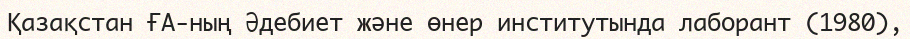
Қазақстан ҒА-ның Әдебиет және өнер институтында лаборант (1980),